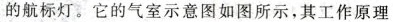
的航标灯。它的气室示意图如图所示，其工作原理